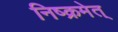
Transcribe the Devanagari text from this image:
निष्क्रमेत्